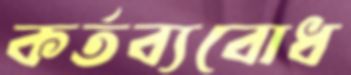
কর্তব্যবোধ